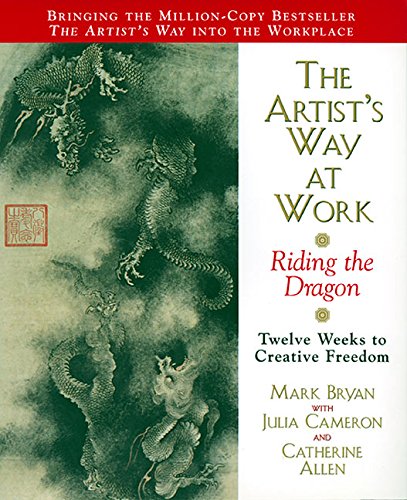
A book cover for The Artist's Way at Work: Riding the Dragon; Mark Bryan; Health, Fitness & Dieting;